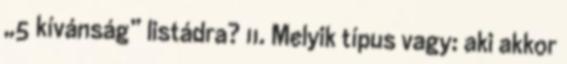
„5 kívánság” listádra? 11. Melyik típus vagy: aki akkor